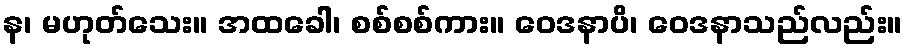
န၊ မဟုတ်သေး။ အထခေါ၊ စစ်စစ်ကား။ ဝေဒနာပိ၊ ဝေဒနာသည်လည်း။